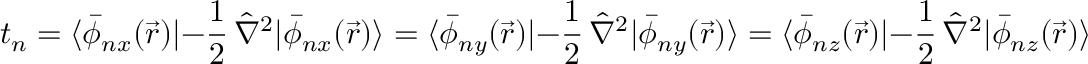
t _ { n } = \langle \bar { \phi } _ { n x } ( \vec { r } ) | - \frac { 1 } { 2 } \, \hat { \nabla } ^ { 2 } | \bar { \phi } _ { n x } ( \vec { r } ) \rangle = \langle \bar { \phi } _ { n y } ( \vec { r } ) | - \frac { 1 } { 2 } \, \hat { \nabla } ^ { 2 } | \bar { \phi } _ { n y } ( \vec { r } ) \rangle = \langle \bar { \phi } _ { n z } ( \vec { r } ) | - \frac { 1 } { 2 } \, \hat { \nabla } ^ { 2 } | \bar { \phi } _ { n z } ( \vec { r } ) \rangle